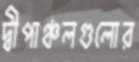
দ্বীপাঞ্চলগুলোর